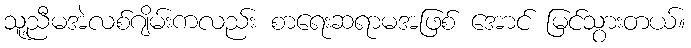
သူ့ညီမအဲလစ်ဂျိမ်းကလည်း စာရေးဆရာမအဖြစ် အောင် မြင်သွားတယ်။